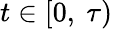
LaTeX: t\in[0,\ \tau)